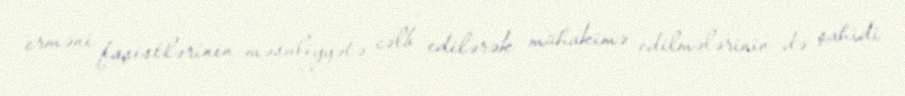
erməni faşistlərinin məsuliyyətə cəlb edilərək mühakimə edilmələrinin də şahidi